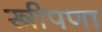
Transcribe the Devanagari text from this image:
स्त्रीपणा